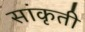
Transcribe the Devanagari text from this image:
सांकृती